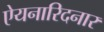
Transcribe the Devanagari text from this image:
ऐयनारिदनार